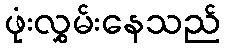
ဖုံးလွှမ်းနေသည်